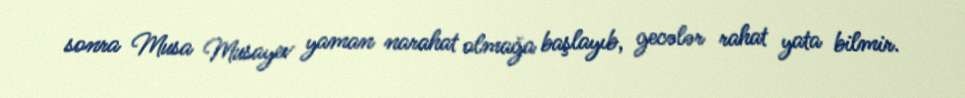
sonra Musa Musayev yaman narahat olmağa başlayıb, gecələr rahat yata bilmir.